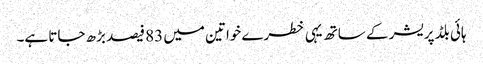
ہائی بلڈ پریشر کے ساتھ یہی خطرے خواتین میں 83 فیصد بڑھ جاتا ہے۔